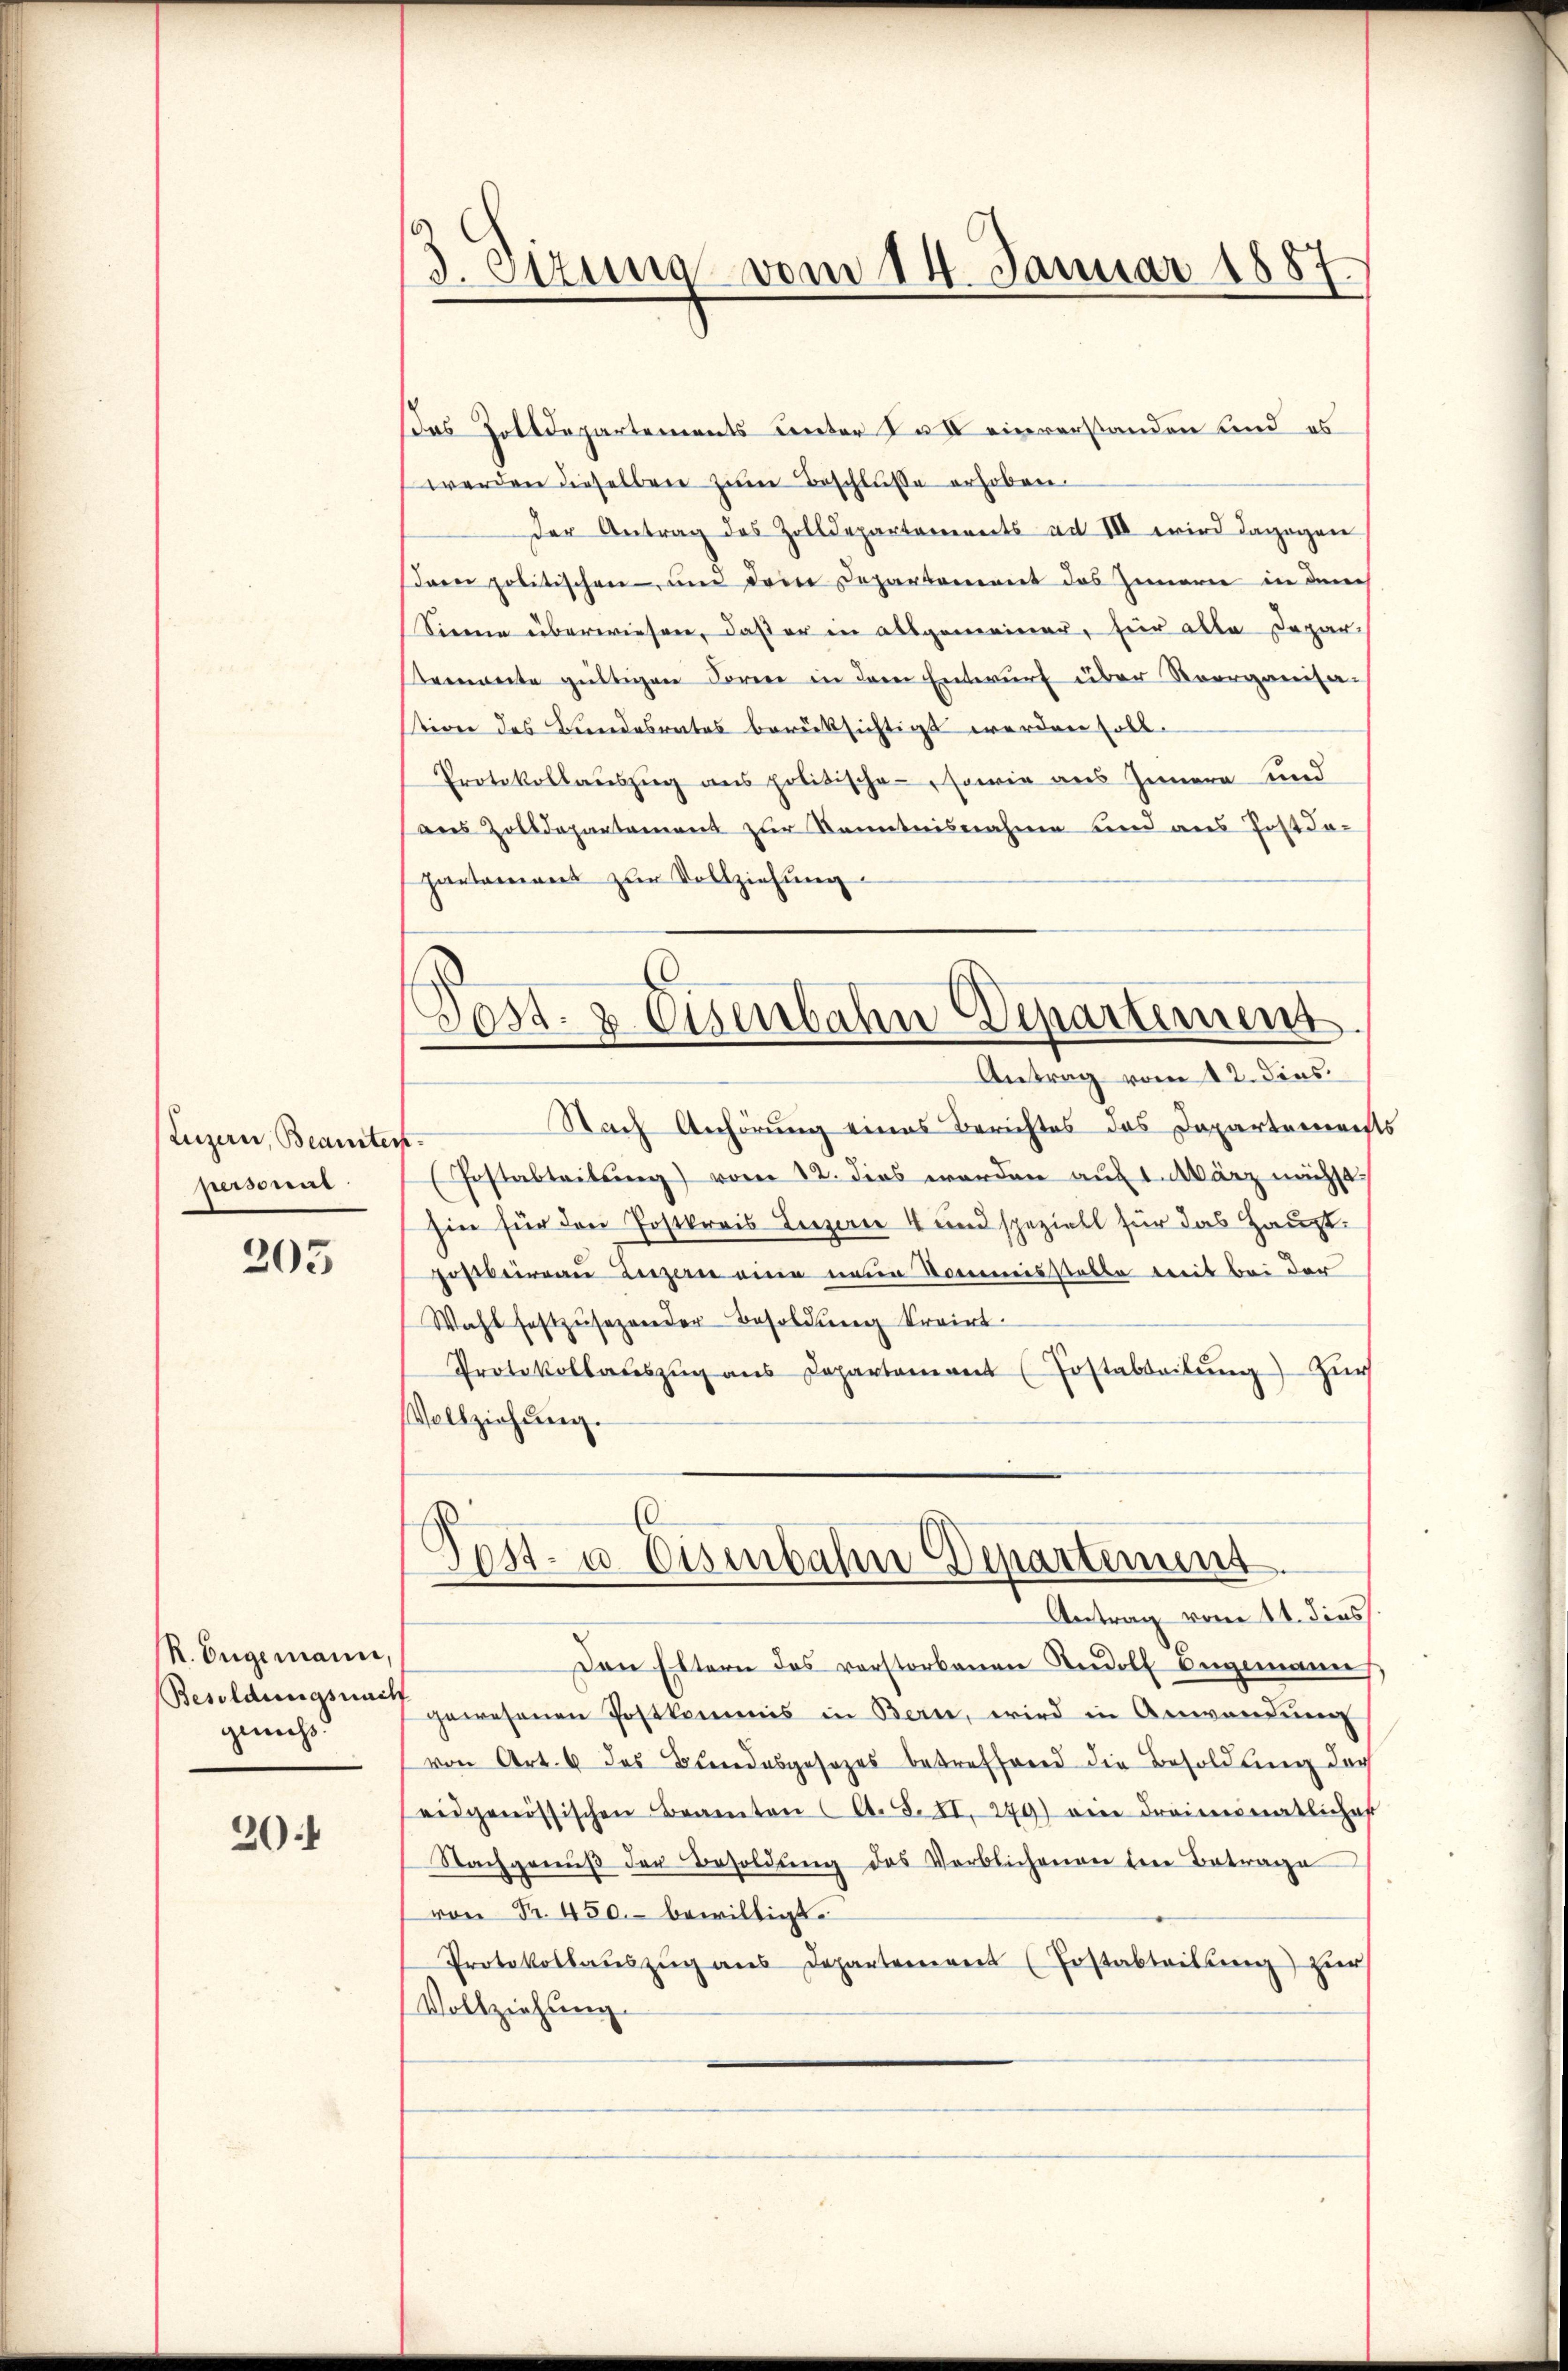
Luzern, Beamten.
persone

205

K. Engemann,
genuss.

20

3. Sizung vom 14. Januar 1887.

Das Zolldepartements unter 2. IV einverstanden sind, es
werden dieselben zŭm Beschlŭsse erhoben.
der Antrag des Zolldepartements ad III wird dagegen
Dann politischen und dem Departement des Innern in durch
Siennen überwiesen, daß er in allgemeiner, für alle Depar¬
Remonte gültigen Lorene in dem Entwurf über Norrganisa-
stion des Bundesrates berücksichtigt werden soll.
Protokollauszug aus politischen, sowie aus Innern und
aus Zolldepartement zur Kenntnisnahme und aus Post dapantonions zur Vollziehung
Nach Anhörung eines Berichtes das Departement
(Postabteilung) vom 12. dies worden auf 1. März nicht
hin für den Postkreis Leizerne 4 und speziell für das Hauptfostereau dersern eine neue Kommisstatte mit bei der
Wahl festzŭsezender Besoldung trairt.
Protokollaŭszŭg ans Departement (Fostabteilŭng Zür
Vollziehung.
.
Post- u. Eisenbahn Departement
Antrag vom 11. dies
Den Eltern des vorstorbenen Rudolf angemann
Besoldungsunt gewesenen Postkommis in Bern, wird in Anwendŭng
von Art. 6 des Bundesgesetzes betreffend die Besoldung der
eidgenössischen Beamten (A. S. XI. 249) ein dreiseimatlicher
Nachgenuß der Besoldung des Verblichenen der Betrage
von Fr. 450. bewilligt.
Protokollaŭszŭg ans Departement (Postabteilung) zur
Vollziehung.

Dest. & Eisenbahn Departiment.
Antrag vom 12. dens.